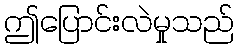
ဤပြောင်းလဲမှုသည်